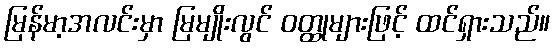
မြန်မာ့အလင်းမှာ မြမျိုးလွင် ဝတ္ထုများဖြင့် ထင်ရှားသည်။